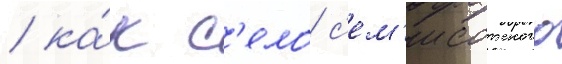
/ ка́к с'ело с'ем'исотского